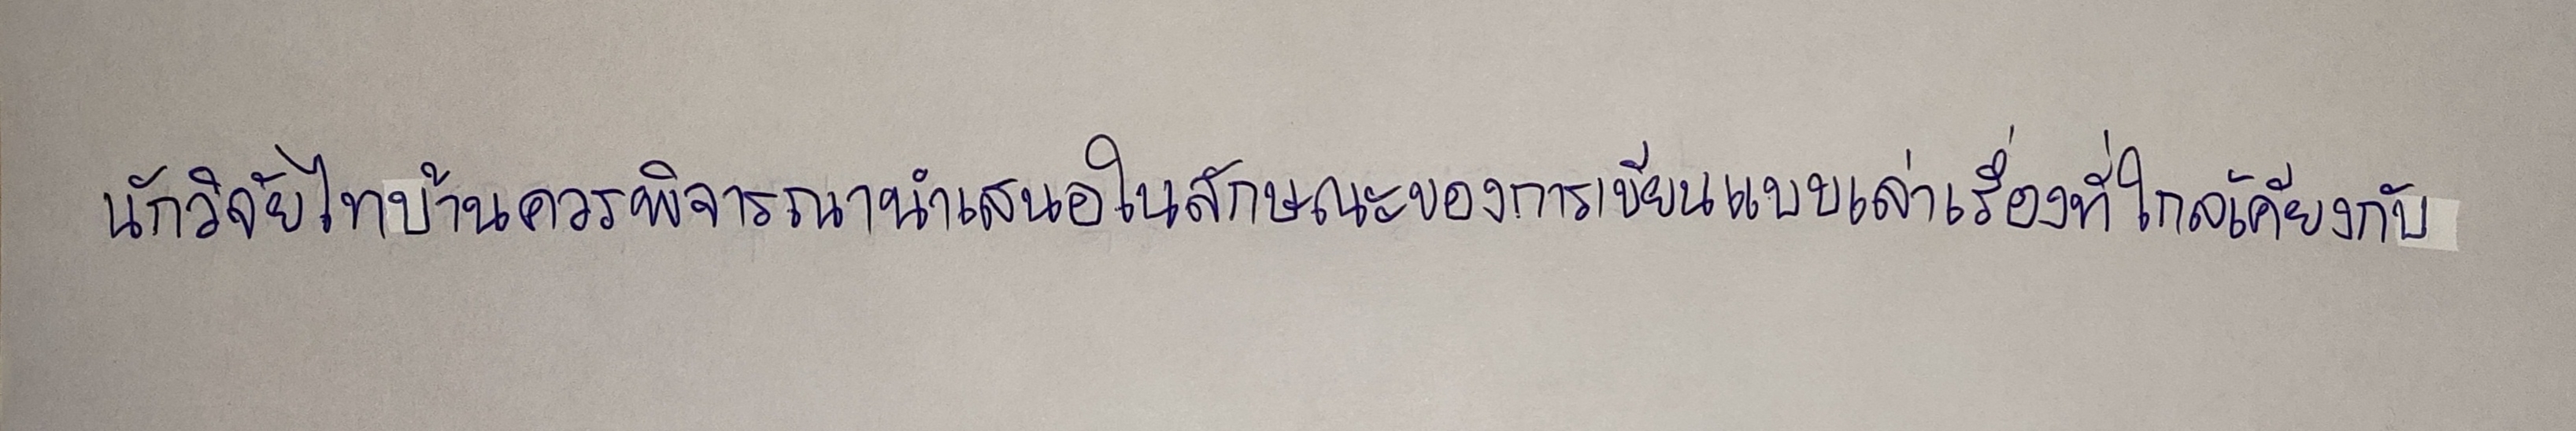
นักวิจัยไทบ้านควรพิจารณานำเสนอในลักษณะของการเขียนแบบเล่าเรื่องที่ใกล้เคียงกับ